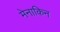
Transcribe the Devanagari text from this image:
मेनाकिन